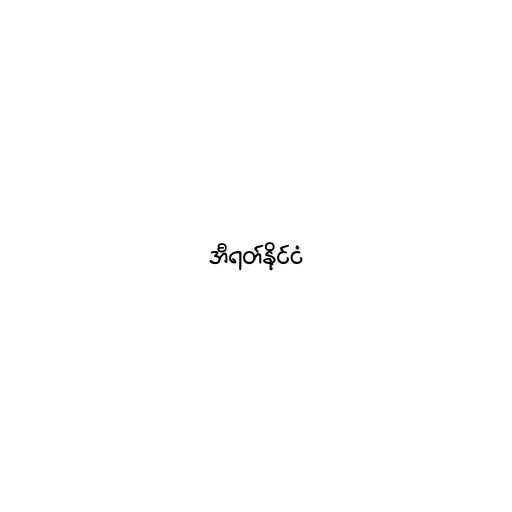
အီရတ်နိုင်ငံ